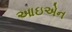
આઇએન